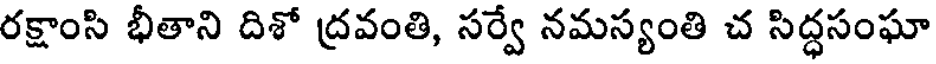
రక్షాంసి భీతాని దిశో ద్రవంతి, సర్వే నమస్యంతి చ సిద్ధసంఘా